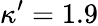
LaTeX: \kappa^{\prime}=1.9